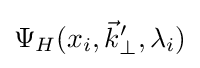
\Psi _{H}(x_{i},{\vec {k}}_{\perp }^{\prime },\lambda _{i})